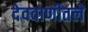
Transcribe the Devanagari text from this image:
देववाणीतले